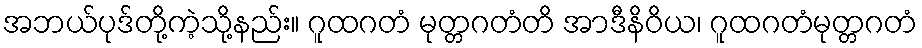
အဘယ်ပုဒ်တို့ကဲ့သို့နည်း။ ဂူထဂတံ မုတ္တဂတံတိ အာဒီနိဝိယ၊ ဂူထဂတံမုတ္တဂတံ